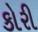
કોરી